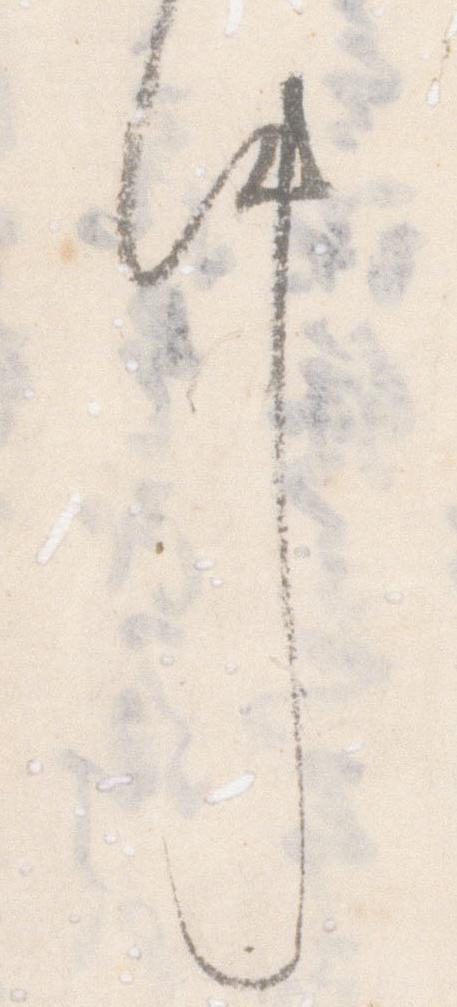
件